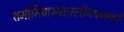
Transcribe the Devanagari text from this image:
शमीमिवाभ्यंतरलीनपावकां